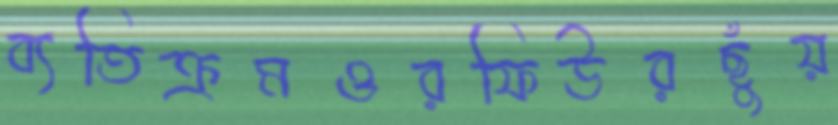
ব্যতিক্রমওরফিউরছুঁয়